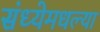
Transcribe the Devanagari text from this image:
संध्येमधल्या